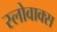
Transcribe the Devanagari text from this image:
स्लोवाक्स